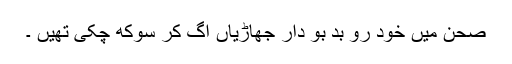
صحن میں خود رو بد بو دار جھاڑیاں اگ کر سوکھ چکی تھیں ۔